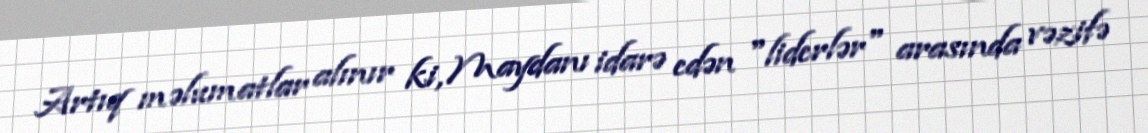
Artıq məlumatlar alınır ki, Maydanı idarə edən "liderlər" arasında vəzifə